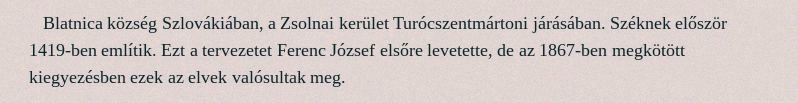
Blatnica község Szlovákiában, a Zsolnai kerület Turócszentmártoni járásában. Széknek először 1419-ben említik. Ezt a tervezetet Ferenc József elsőre levetette, de az 1867-ben megkötött kiegyezésben ezek az elvek valósultak meg.